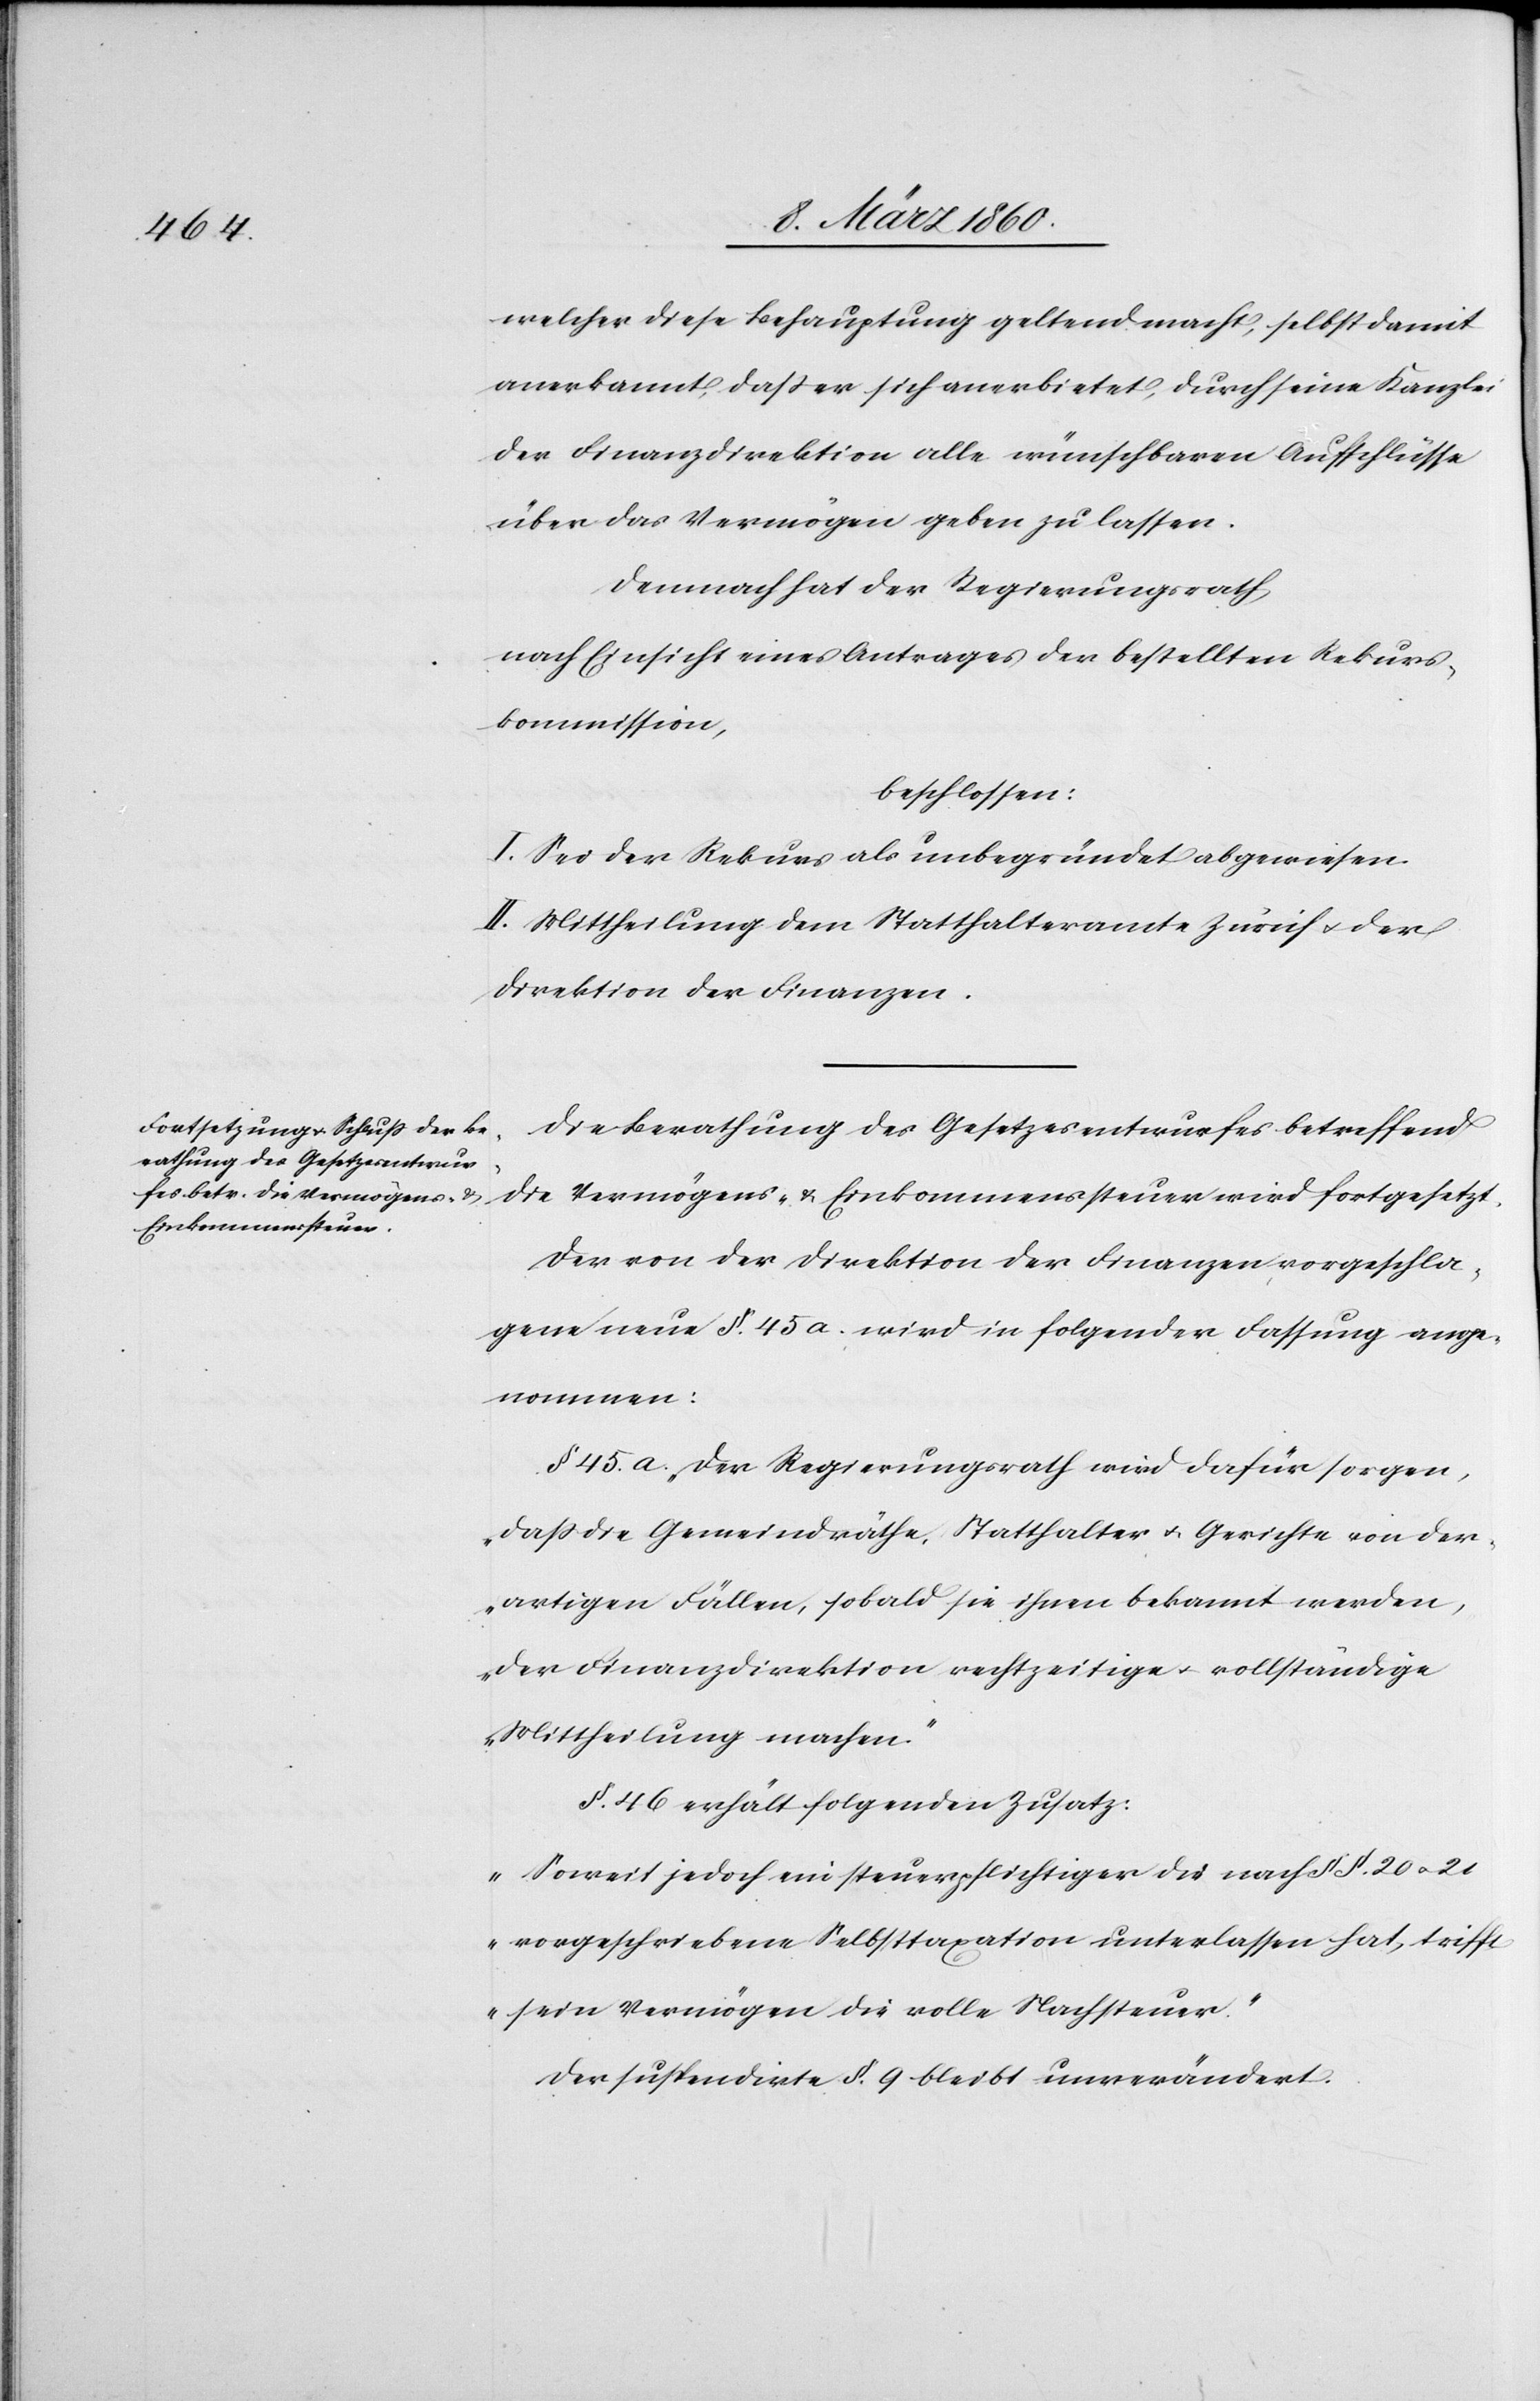
welcher diese Behauptung geltend macht, selbst damit
anerkannt, dass er sich anerbietet, durch seine Kanzlei
der Finanzdirektion alle wünschbaren Aufschlüsse
über das Vermögen geben zu lassen.
Demnach hat der Regierungsrath,
nach Einsicht eines Antrages der bestellten Rekurs¬
kommission,
beschlossen:
I. Sei der Rekurs als unbegründet abgewiesen.
II. Mittheilung dem Statthalteramte Zürich u. der
Direktion der Finanzen.
Die Berathung des Gesetzesentwurfes betreffend
die Vermögens- u. Einkommenssteuer wird fortgesetzt.
Der von der Direktion der Finanzen vorgeschla¬
gene neue §. 45. a. wird in folgender Fassung ange¬
nommen:
§. 45. a. „Der Regierungsrath wird dafür sorgen,
dass die Gemeindräthe, Statthalter u. Gerichte von der¬
artigen Fällen, sobald sie ihnen bekannt werden,
der Finanzdirektion rechtzeitige u. vollständige
Mittheilung machen.“
§. 46. erhält folgenden Zusatz:
„Soweit jedoch ein steuerpflichtiger die nach §§. 20. u. 21.
vorgeschriebene Selbsttaxation unterlassen hat, trifft
sein Vermögen die volle Nachsteuer.“
Der suspendirte §. 9 bleibt unverändert.